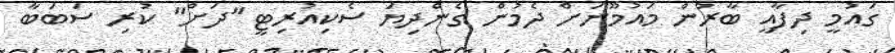
ގައުމީ ދިފާއީ ބާރުން މައުމޫނަށް ދެމުން ގެންދިޔަ ސެކިއުރިޓީ "ދަށް" ކުރި ސަބަބާ